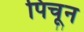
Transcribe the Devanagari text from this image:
पिचून